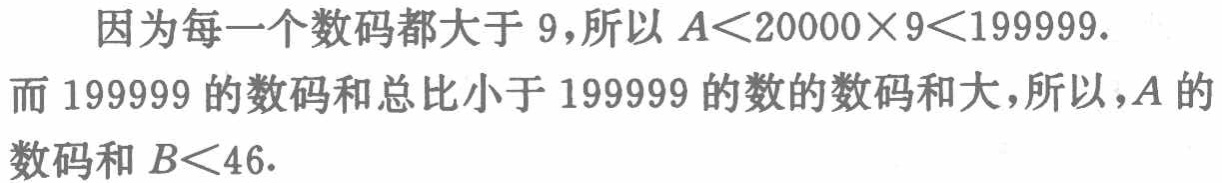
因为每一个数码都大于 9，所以 \(A<20000\times9<199999\). 而 199999 的数码和总比小于 199999 的数的数码和大，所以，\(A\) 的数码和 \(B < 46\).